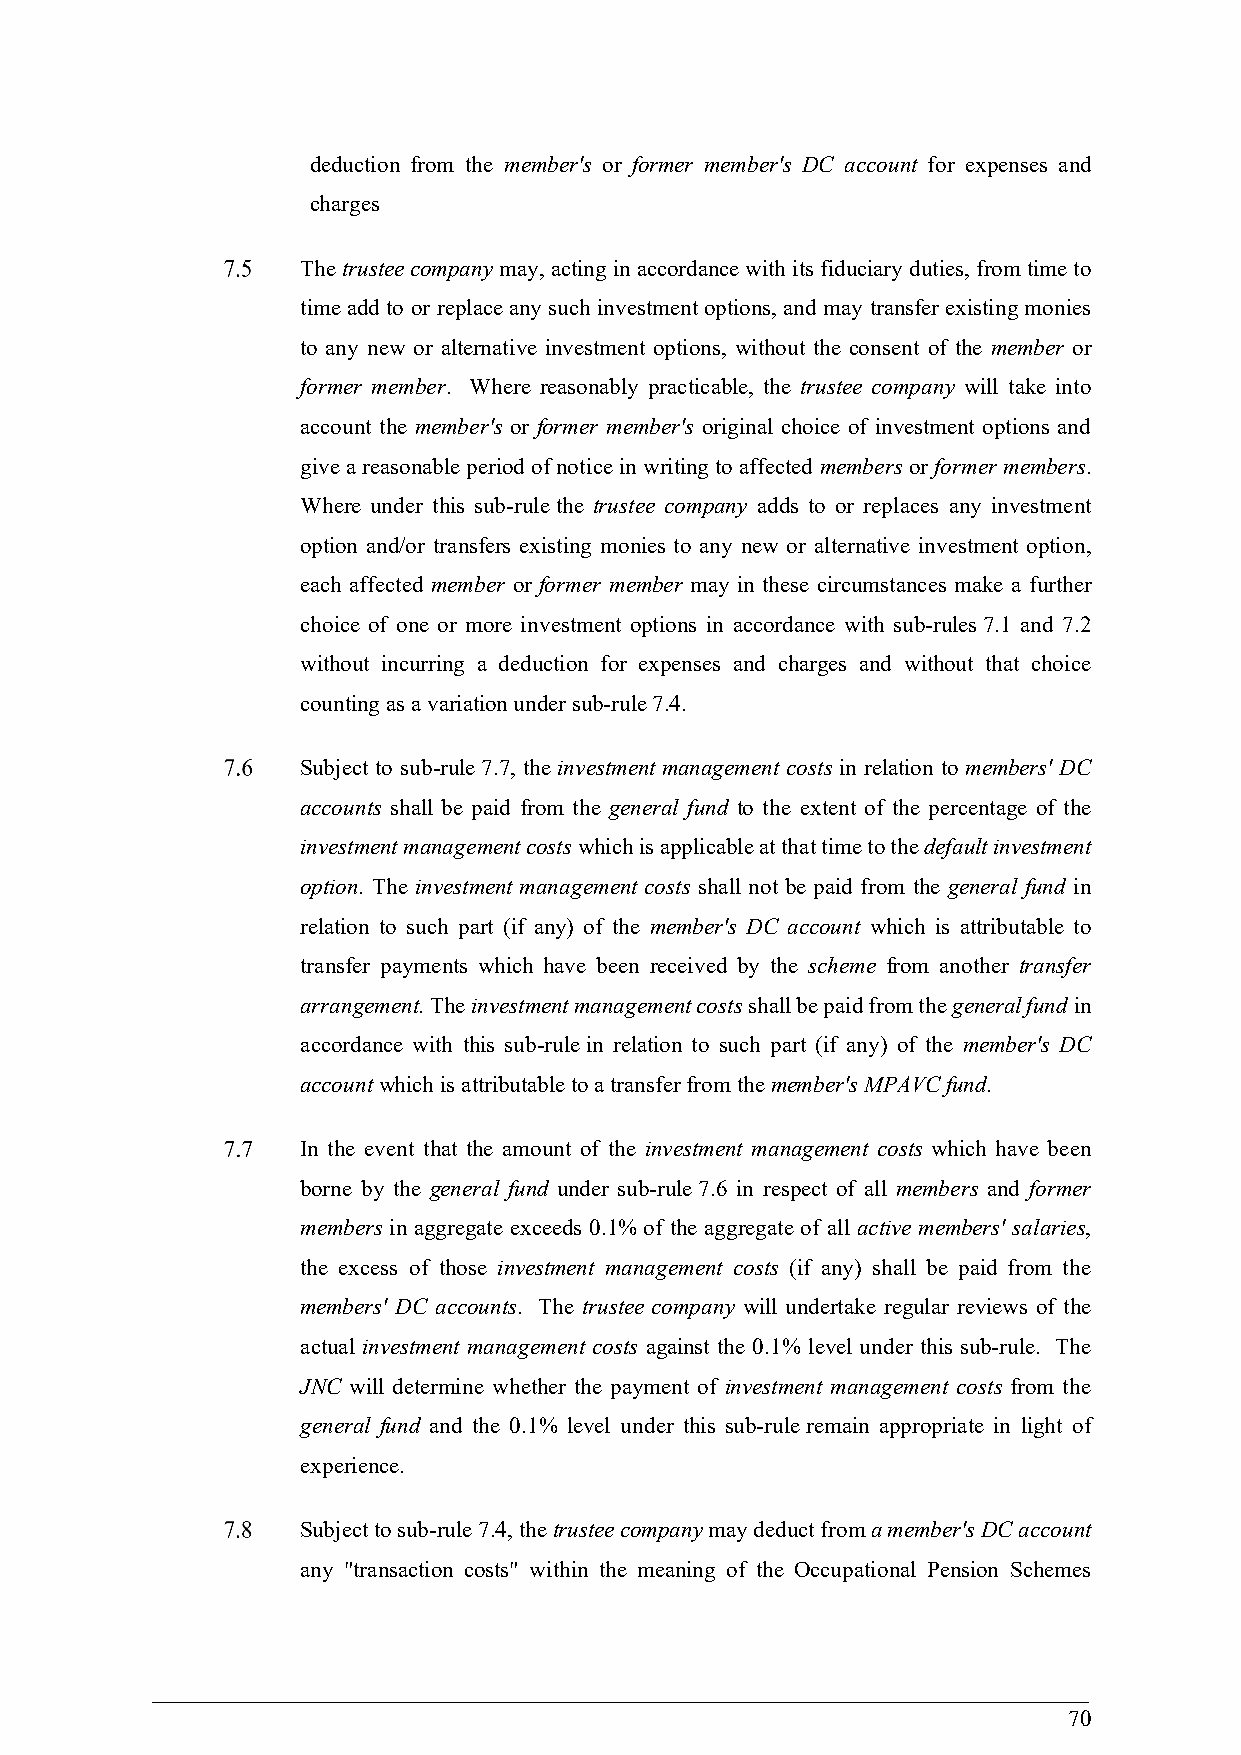
deduction from the member's or former member's DC account for expenses and
 charges
 The trustee company may, acting in accordance with its fiduciary duties, from time to
 time add to or replace any such investment options, and may transfer existing monies
 to any new or alternative investment options, without the consent of the member or
 former member. Where reasonably practicable, the trustee company will take into
 account the member's or former member's original choice of investment options and
 give a reasonable period of notice in writing to affected members or former members.
 Where under this sub-rule the trustee company adds to or replaces any investment
 option and/or transfers existing monies to any new or alternative investment option,
 each affected member or former member may in these circumstances make a further
 choice of one or more investment options in accordance with sub-rules 7.1 and 7.2
 without incurring a deduction for expenses and charges and without that choice
 counting as a variation under sub-rule 7.4.
 Subject to sub-rule 7.7, the investment management costs in relation to members' DC
 accounts shall be paid from the general fund to the extent of the percentage of the
 investment management costs which is applicable at that time to the default investment
 option. The investment management costs shall not be paid from the general fund in
 relation to such part (if any) of the member's DC account which is attributable to
 transfer payments which have been received by the scheme from another transfer
 arrangement. The investment management costs shall be paid from the general fund in
 accordance with this sub-rule in relation to such part (if any) of the member's DC
 account which is attributable to a transfer from the member's MPAVC fund.
 In the event that the amount of the investment management costs which have been
 borne by the general fund under sub-rule 7.6 in respect of all members and former
 members in aggregate exceeds 0.1% of the aggregate of all active members' salaries,
 the excess of those investment management costs (if any) shall be paid from the
 members' DC accounts. The trustee company will undertake regular reviews of the
 actual investment management costs against the 0.1% level under this sub-rule. The
 JNC will determine whether the payment of investment management costs from the
 general fund and the 0.1% level under this sub-rule remain appropriate in light of
 experience.
 Subject to sub-rule 7.4, the trustee company may deduct from a member's DC account
 any "transaction costs" within the meaning of the Occupational Pension Schemes
 70